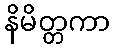
နိမိတ္တကာ